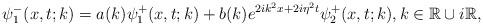
LaTeX: \begin{align*}\psi_1^-(x,t;k)=a(k)\psi_1^+(x,t;k)+b(k) e^{2ik^2x+2i \eta^2t} \psi_2^+(x,t;k), k \in \mathbb{R} \cup i\mathbb{R},\end{align*}